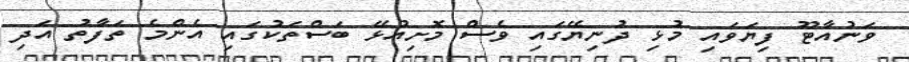
ވަނުއާޓޫ ފިޔަވައި މުޅި ދުނިޔޭގައި ވެސް މޮށިއުޅޭ ބަސްތަކުގައި އެންމެ ތަފާތު އަދި